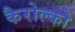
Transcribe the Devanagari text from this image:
कैरोल्को